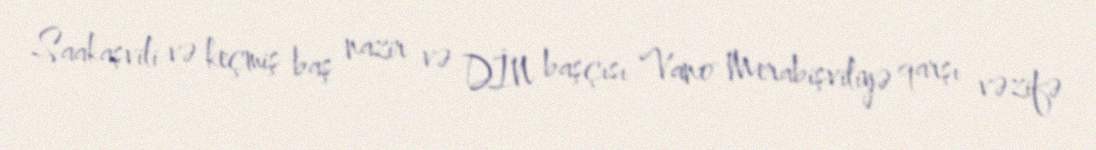
Saakaşvili və keçmiş baş nazir və DİN başçısı Vano Merabişviliyə qarşı vəzifə